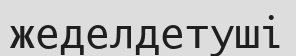
жеделдетуші